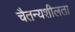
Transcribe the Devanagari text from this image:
चैतन्यशीलता